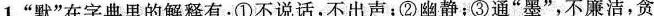
1.”默”在字典里的解释有：①不说话，不出声；②幽静；③通”墨”，不廉洁，贪